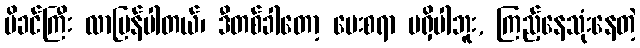
မိခင်ကြီး လာပြန်ပါတယ်၊ ဒီတစ်ခါတော့ ပေးစရာ မရှိပါဘူး, ကြည့်နေသုံးနေတဲ့